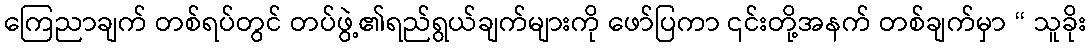
ကြေညာချက် တစ်ရပ်တွင် တပ်ဖွဲ့၏ရည်ရွယ်ချက်များကို ဖော်ပြကာ ၎င်းတို့အနက် တစ်ချက်မှာ “ သူခိုး